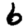
Digit: 6